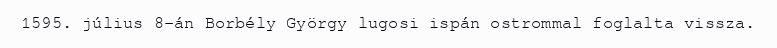
1595. július 8-án Borbély György lugosi ispán ostrommal foglalta vissza.